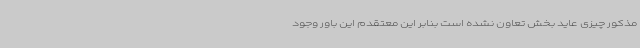
مذکور چیزی عاید بخش تعاون نشده است بنابر این معتقدم این باور وجود